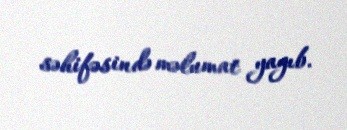
səhifəsində məlumat yayıb.